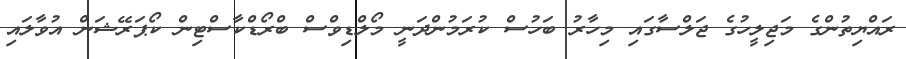
ރައްޔިތުންގެ މަޖިލީހުގެ ޖަލްސާގައި މިހާރު ބަހުސް ކުރަމުންދަނީ މޯލްޑިވްސް ބްރޯޑްކާސްޓިން ކޯޕަރޭޝަން އުވާލައި